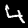
Digit: 4